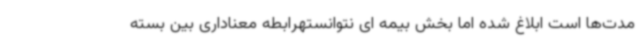
مدت‌ها است ابلاغ شده اما بخش بیمه ای نتوانستهرابطه معناداری بین بسته